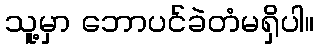
သူ့မှာ ဘောပင်ခဲတံမရှိပါ။